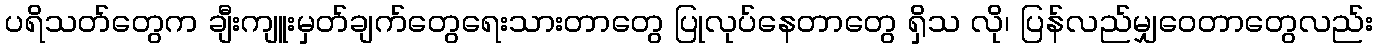
ပရိသတ်တွေက ချီးကျူးမှတ်ချက်တွေရေးသားတာတွေ ပြုလုပ်နေတာတွေ ရှိသ လို၊ ပြန်လည်မျှဝေတာတွေလည်း